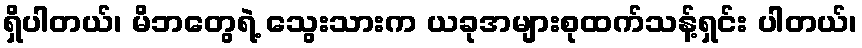
ရှိပါတယ်၊ မိဘတွေရဲ့ သွေးသားက ယခုအများစုထက်သန့်ရှင်း ပါတယ်၊